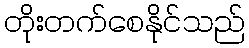
တိုးတက်စေနိုင်သည်